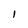
Character: l